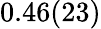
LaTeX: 0.46(23)